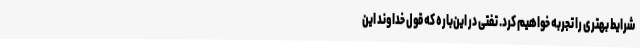
شرایط بهتری را تجربه خواهیم کرد. تفتی در این‌باره که قول خداوند این